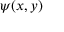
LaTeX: \psi ( x , y )